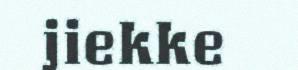
jiekke